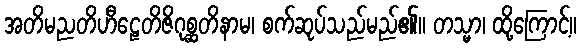
အတိမညတိဟီဠေတိဇိဂုစ္ဆတိနာမ၊ စက်ဆုပ်သည်မည်၏။ တသ္မာ၊ ထို့ကြောင့်။